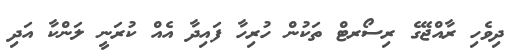
ދިވެހި ރާއްޖޭގެ ރިސޯރޓް ތަކުން ހުރިހާ ފައިދާ އެއް ކުރަނީ ލަންކާ އަދި